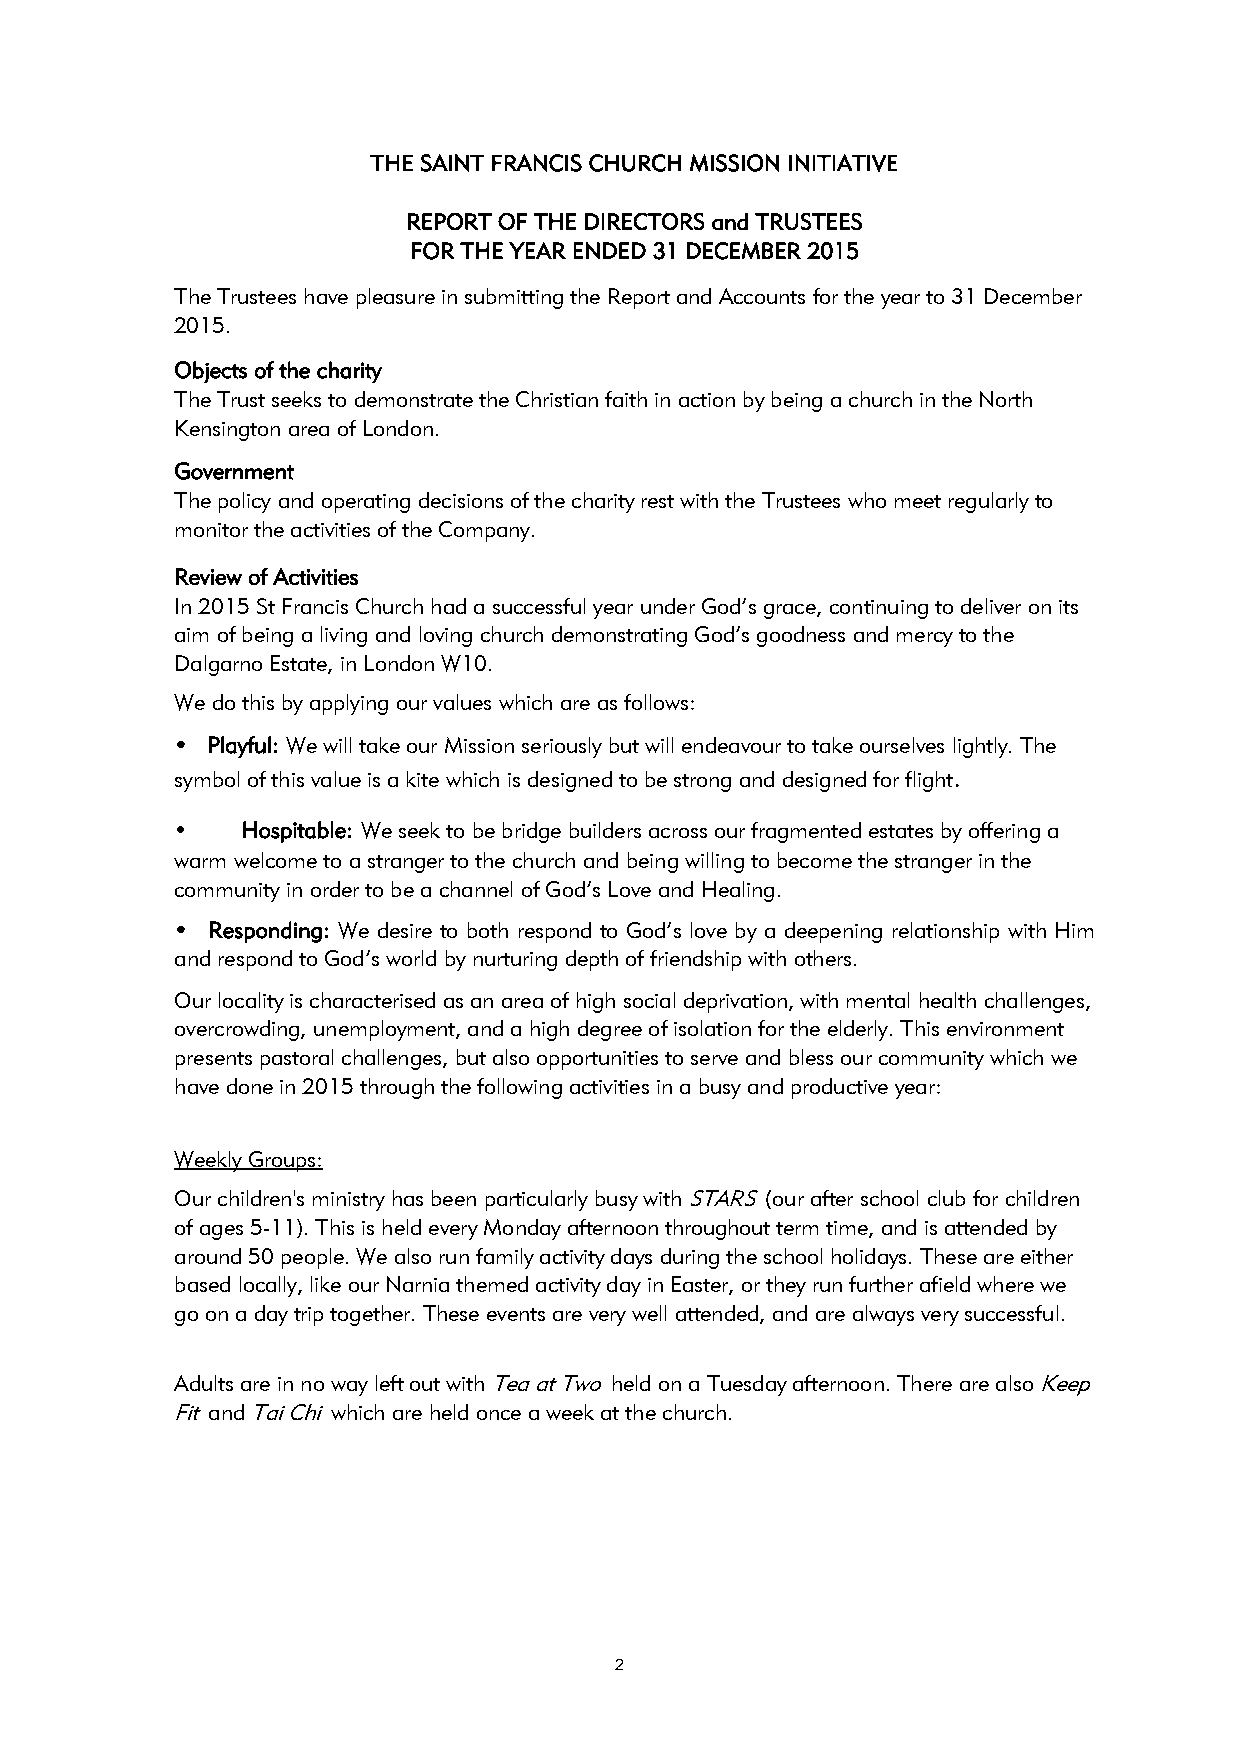
THE SAINT FRANCIS CHURCH MISSION INITIATIVE
 REPORT OF THE DIRECTORS and TRUSTEES
 FOR THE YEAR ENDED 31 DECEMBER 2015
 The Trustees have pleasure in submitting the Report and Accounts for the year to 31 December
 2015.
 Objects of the charity
 The Trust seeks to demonstrate the Christian faith in action by being a church in the North
 Kensington area of London.
 Government
 The policy and operating decisions of the charity rest with the Trustees who meet regularly to
 monitor the activities of the Company.
 Review of Activities
 In 2015 St Francis Church had a successful year under God’s grace, continuing to deliver on its
 aim of being a living and loving church demonstrating God’s goodness and mercy to the
 Dalgarno Estate, in London W10.
 We do this by applying our values which are as follows:
 • Playful: We will take our Mission seriously but will endeavour to take ourselves lightly. The
 symbol of this value is a kite which is designed to be strong and designed for flight.
 •   Hospitable: We seek to be bridge builders across our fragmented estates by offering a
 warm welcome to a stranger to the church and being willing to become the stranger in the
 community in order to be a channel of God’s Love and Healing.
 • Responding: We desire to both respond to God’s love by a deepening relationship with Him
 and respond to God’s world by nurturing depth of friendship with others.
 Our locality is characterised as an area of high social deprivation, with mental health challenges,
 overcrowding, unemployment, and a high degree of isolation for the elderly. This environment
 presents pastoral challenges, but also opportunities to serve and bless our community which we
 have done in 2015 through the following activities in a busy and productive year:
 Weekly Groups:
 Our children's ministry has been particularly busy with STARS (our after school club for children
 of ages 5-11). This is held every Monday afternoon throughout term time, and is attended by
 around 50 people. We also run family activity days during the school holidays. These are either
 based locally, like our Narnia themed activity day in Easter, or they run further afield where we
 go on a day trip together. These events are very well attended, and are always very successful.
 Adults are in no way left out with Tea at Two held on a Tuesday afternoon. There are also Keep
 Fit and Tai Chi which are held once a week at the church.
 2